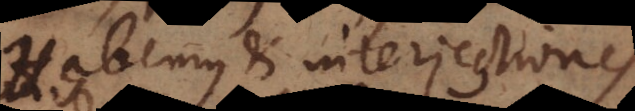
Habemus et interjection